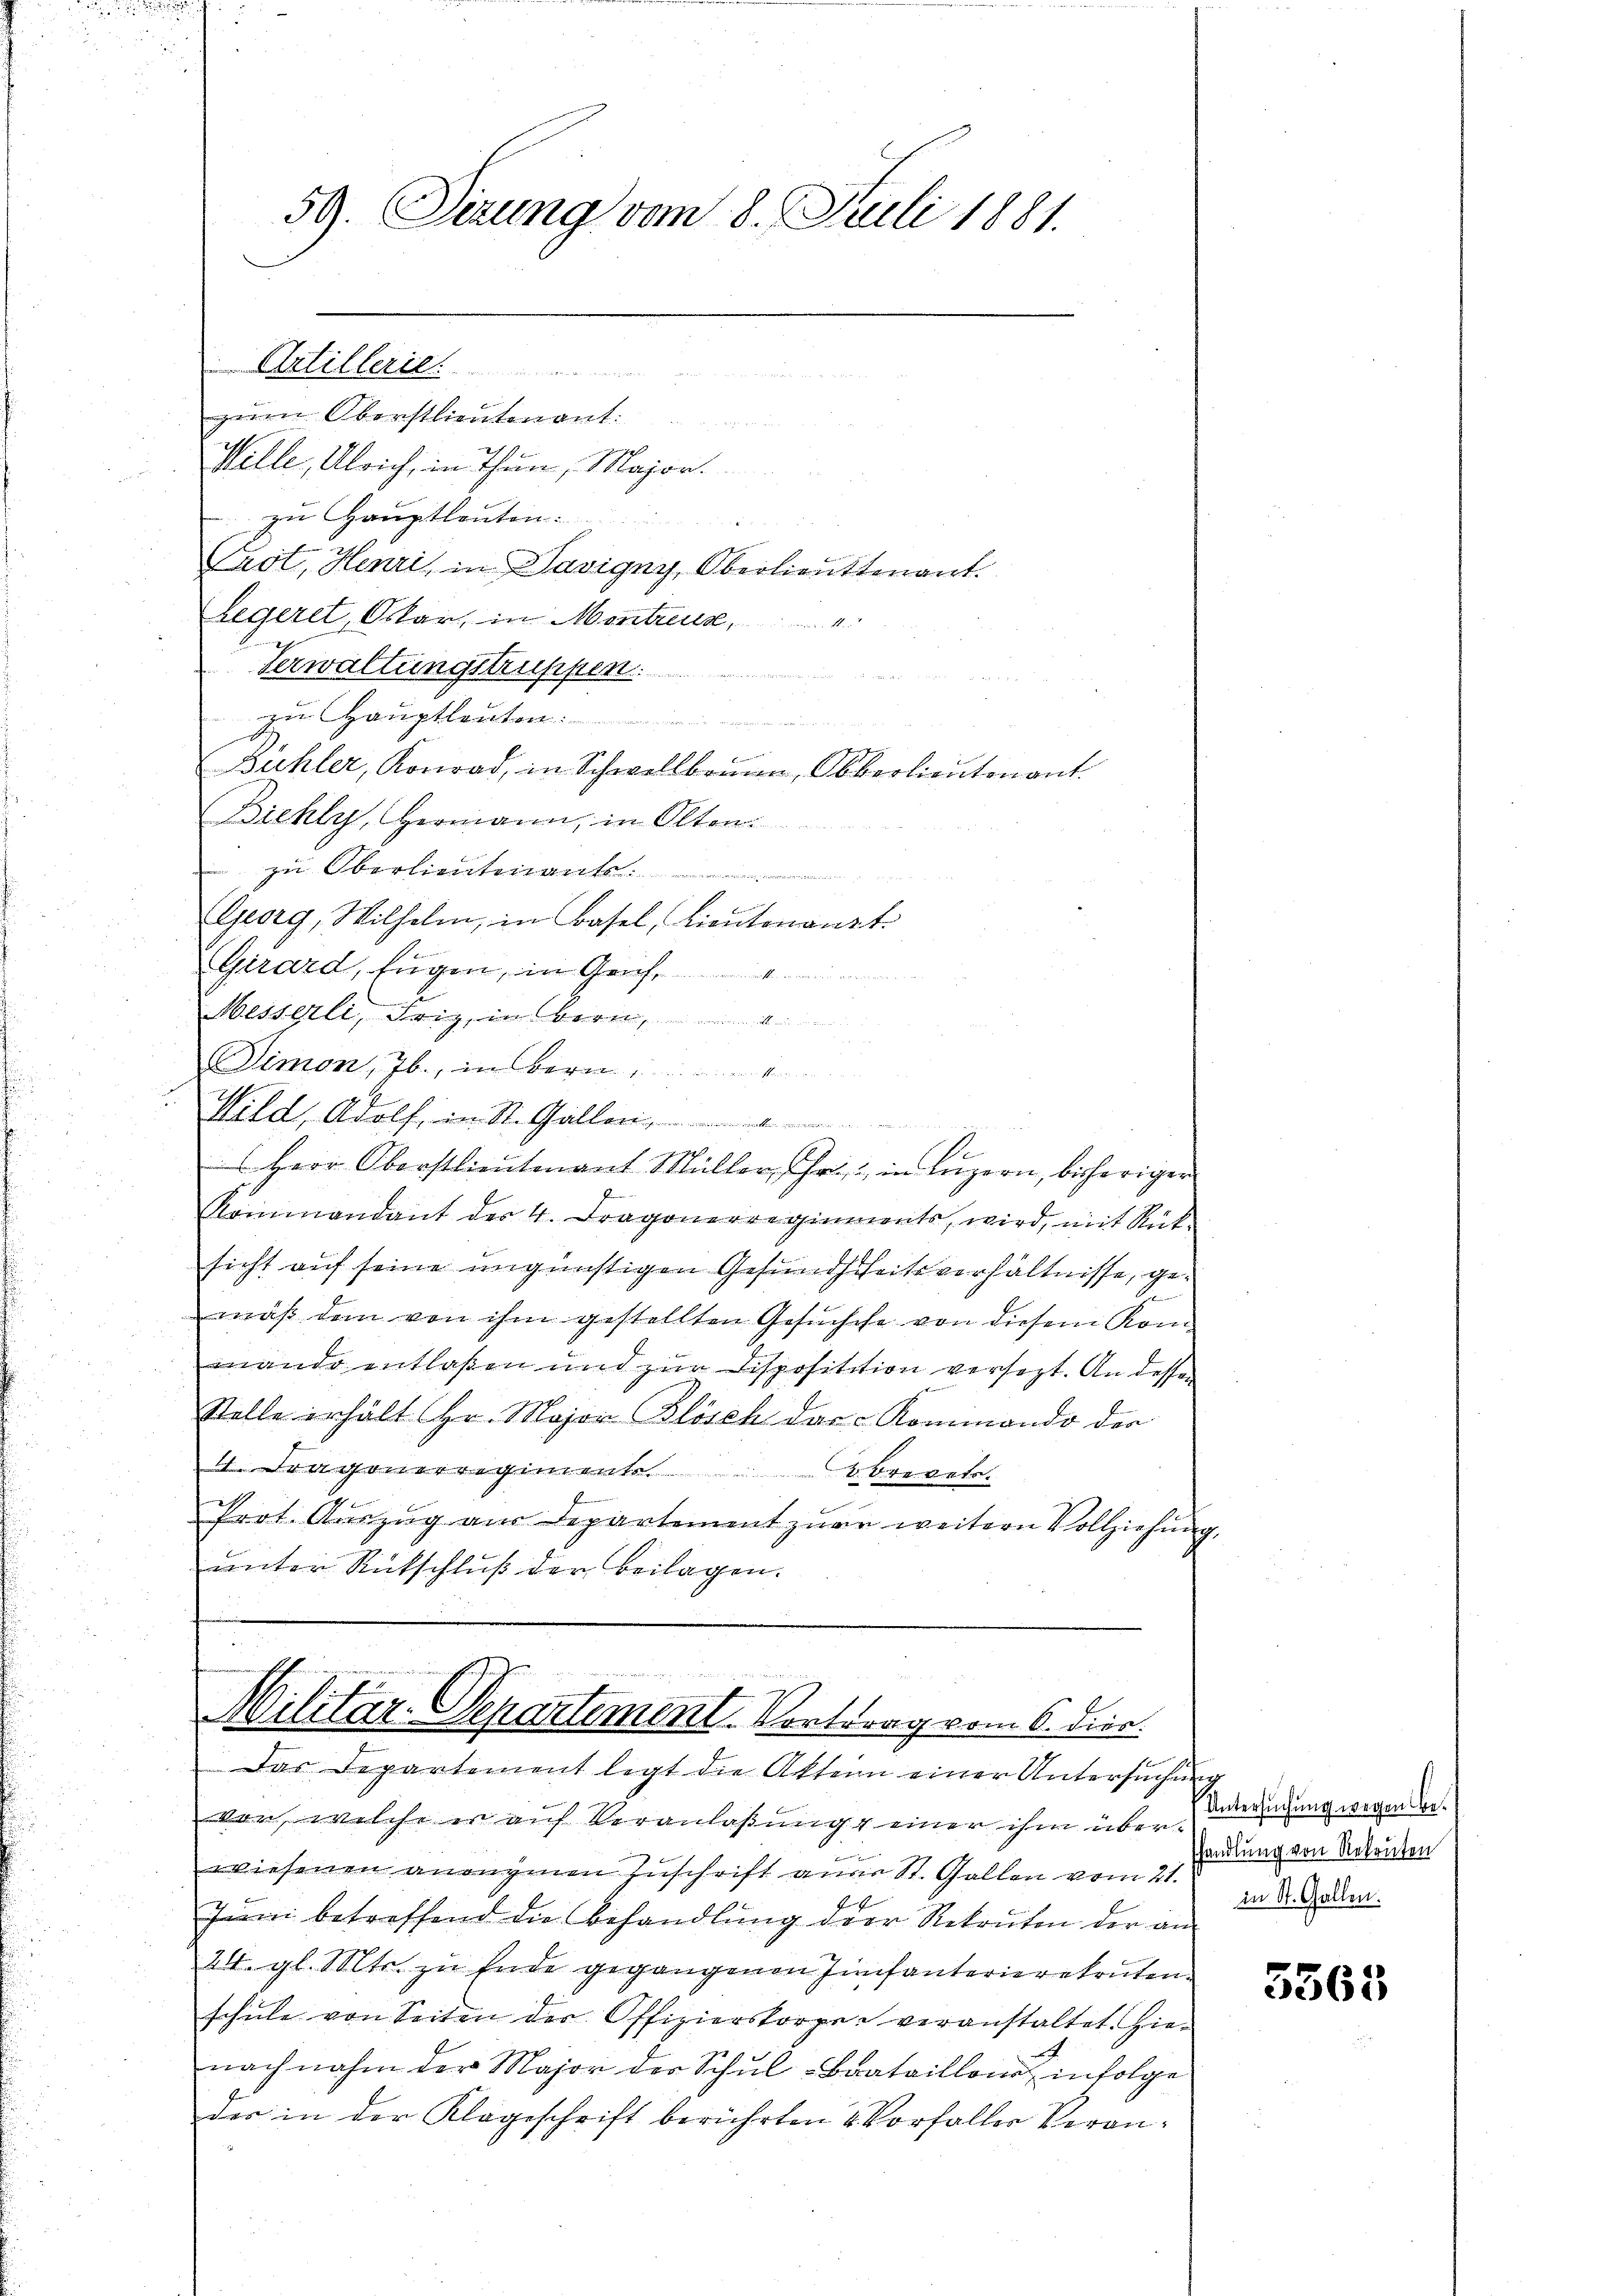
59. Sizung vom 8. Juli 1881.

3
zum Oberstlieutenant.
Wille, Ulrich, in Thun, Major.
zu Hauptleuten.
Crot, Henzi, in Savigny, Oberlieuttenant.
Legeret, Oskar in Montreuse,
Verwaltungstruppen
zum Hauptleuten.
Bühler, Konrad, in Schwellbrann, Oberlieutenant
Biehly, Hermann, in Olten.
 zu Oberlieutenants:

Georg, Wilhelm, in Basel, Lieutenant.
d
Girard, fügen, in Genf,

Messeli, Brig, in Bern.
Simon, Jb., in Bern
Wild, Adolf, in St. Gallen
s
s
 Herr Oberstlieutenant Müller, Gr. in Luzern, bisheriger
Kommandant der 4. Fragonerregiments, wird, mit Rück-
sicht auf seine ungünstigen Gesundheitsverhältnisse, gex
mäß dem von ihm gestellten Gesuche von diesem Kommando entlaßen und zur Dispositation versezt. An dessen
Stelle erhält Hr. Major Blösch das Nominando der
. Dragonerregimente
2 Brevets
Prot. Auszug aus Departement zur weitern Vollziehung
unter Rückschluß der Beilagen.
 u werde ich

Artillerie

n
.

Militar-Separtement. Vortrag vom 6. dier.

Das Departement legt die Akten einer Untersuchung
von, welche er auf Veranlaßung einer ihm über Bedingung wegen der
wiesenen anonymen Zuschrift aner St. Gallen vom 21.
Juni betreffend die Behandlung der Rekruten der an Mad. Baden
24. gl. Mts. zu Ende gegangenen Infanterierekruten
schŭle von Seiten der Offizierstorper veranstaltet. Hie-
nachnahm der Major der Schŭl-Buataillon infolge
der in der Klageschrift berührten 2 Vorfaller Veran¬

shandlung von Rekruten

5365